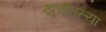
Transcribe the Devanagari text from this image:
खुर्चीतल्या